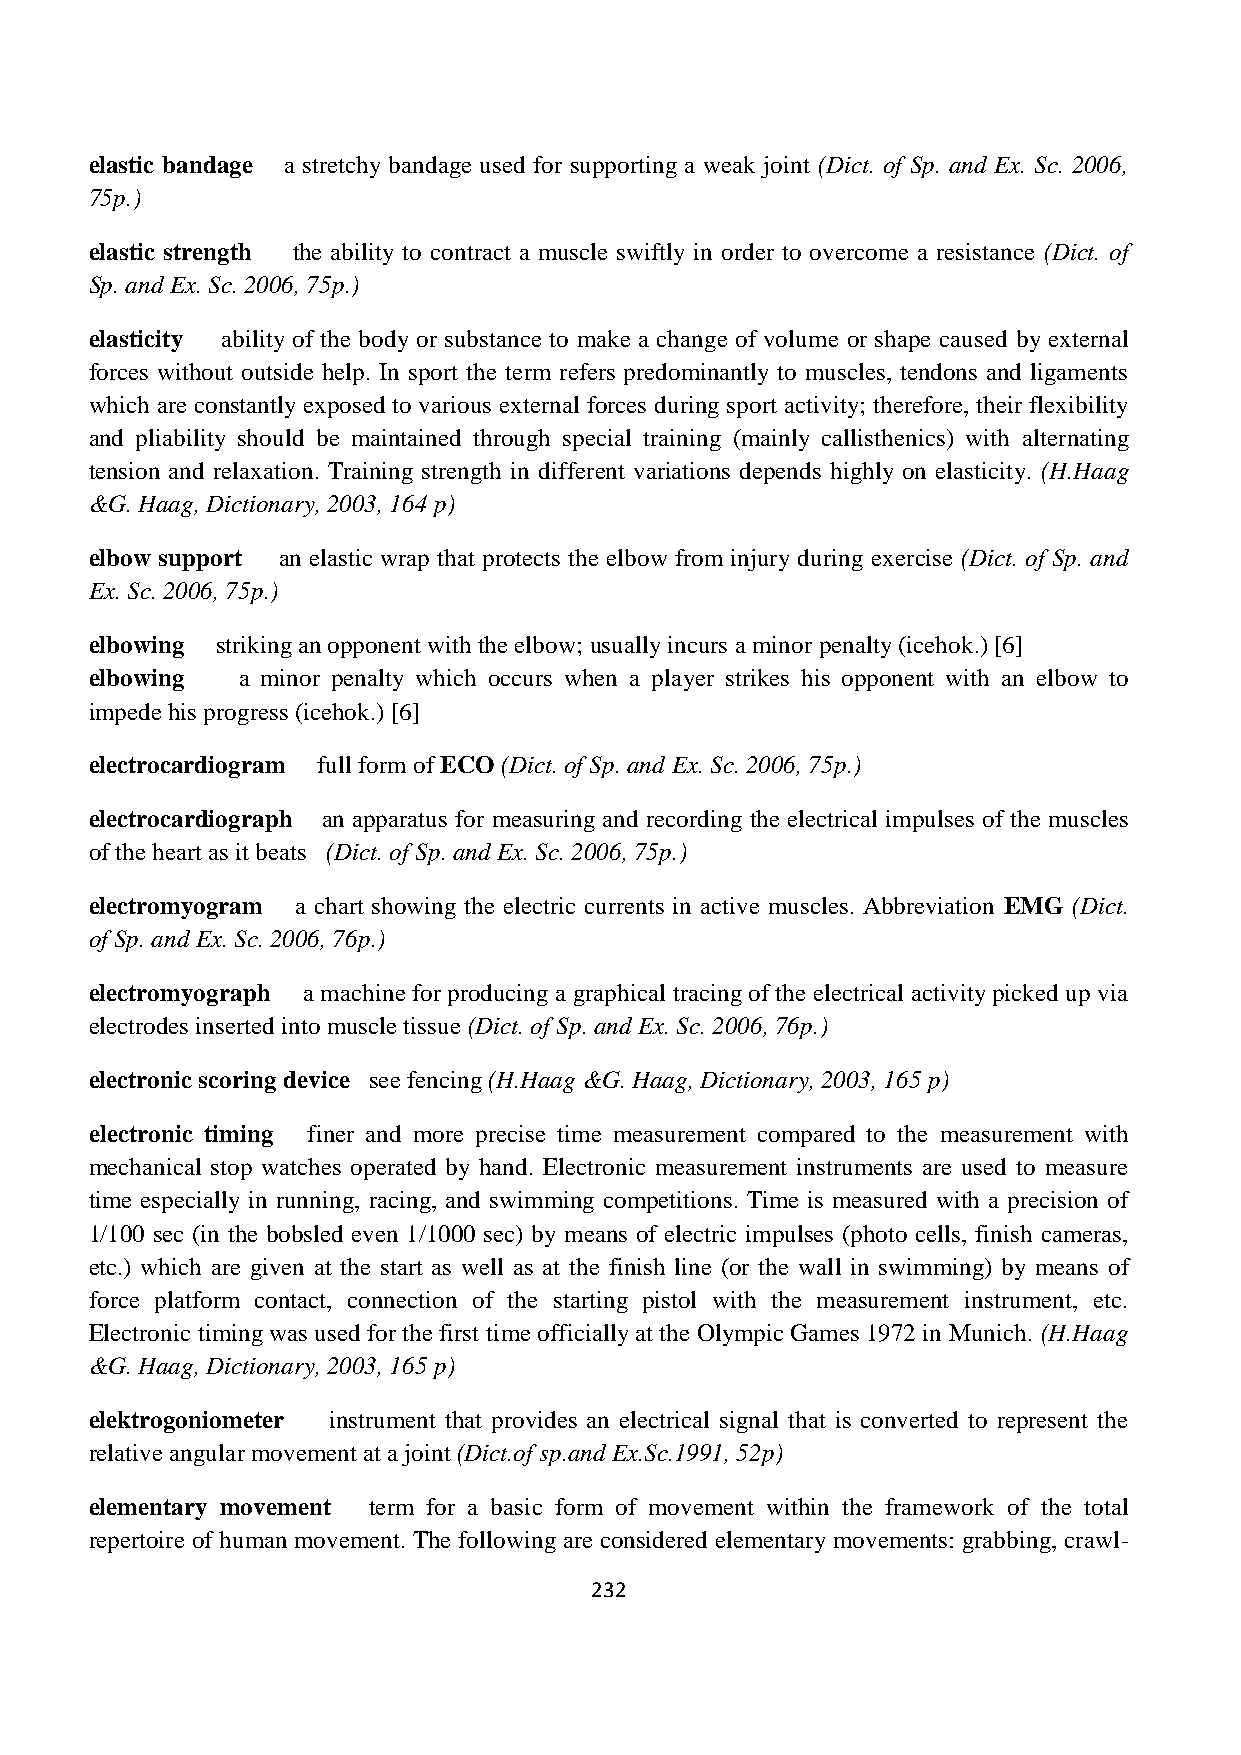
elastic bandage a stretchy bandage used for supporting a weak joint (Dict. of Sp. and Ex. Sc. 2006,
 75p.)
 elastic strength the ability to contract a muscle swiftly in order to overcome a resistance (Dict. of
 Sp. and Ex. Sc. 2006, 75p.)
 elasticity ability of the body or substance to make a change of volume or shape caused by external
 forces without outside help. In sport the term refers predominantly to muscles, tendons and ligaments
 which are constantly exposed to various external forces during sport activity; therefore, their flexibility
 and pliability should be maintained through special training (mainly callisthenics) with alternating
 tension and relaxation. Training strength in different variations depends highly on elasticity. (H.Haag
 &G. Haag, Dictionary, 2003, 164 p)
 elbow support an elastic wrap that protects the elbow from injury during exercise (Dict. of Sp. and
 Ex. Sc. 2006, 75p.)
 elbowing striking an opponent with the elbow; usually incurs a minor penalty (icehok.) [6]
 elbowing  a minor penalty which occurs when a player strikes his opponent with an elbow to
 impede his progress (icehok.) [6]
 electrocardiogram full form of ECO (Dict. of Sp. and Ex. Sc. 2006, 75p.)
 electrocardiograph an apparatus for measuring and recording the electrical impulses of the muscles
 of the heart as it beats (Dict. of Sp. and Ex. Sc. 2006, 75p.)
 electromyogram a chart showing the electric currents in active muscles. Abbreviation EMG (Dict.
 of Sp. and Ex. Sc. 2006, 76p.)
 electromyograph a machine for producing a graphical tracing of the electrical activity picked up via
 electrodes inserted into muscle tissue (Dict. of Sp. and Ex. Sc. 2006, 76p.)
 electronic scoring device see fencing (H.Haag &G. Haag, Dictionary, 2003, 165 p)
 electronic timing finer and more precise time measurement compared to the measurement with
 mechanical stop watches operated by hand. Electronic measurement instruments are used to measure
 time especially in running, racing, and swimming competitions. Time is measured with a precision of
 1/100 sec (in the bobsled even 1/1000 sec) by means of electric impulses (photo cells, finish cameras,
 etc.) which are given at the start as well as at the finish line (or the wall in swimming) by means of
 force platform contact, connection of the starting pistol with the measurement instrument, etc.
 Electronic timing was used for the first time officially at the Olympic Games 1972 in Munich. (H.Haag
 &G. Haag, Dictionary, 2003, 165 p)
 elektrogoniometer instrument that provides an electrical signal that is converted to represent the
 relative angular movement at a joint (Dict.of sp.and Ex.Sc.1991, 52p)
 elementary movement term for a basic form of movement within the framework of the total
 repertoire of human movement. The following are considered elementary movements: grabbing, crawl-
 232